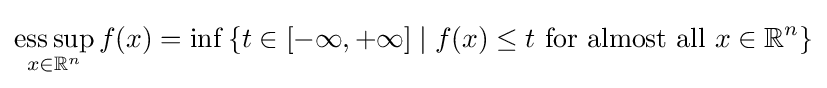
\mathop {\mathrm {ess\,sup} } _{x\in \mathbb {R} ^{n}}f(x)=\inf \left\{t\in [-\infty ,+\infty ]\mid f(x)\leq t{\text{ for almost all }}x\in \mathbb {R} ^{n}\right\}